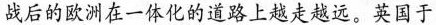
战后的欧洲在一体化的道路上越走越远。英国于